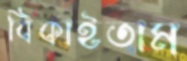
বিকাইতাম